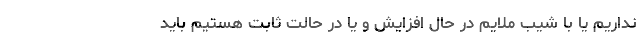
نداریم یا با شیب ملایم در حال افزایش و یا در حالت ثابت هستیم باید